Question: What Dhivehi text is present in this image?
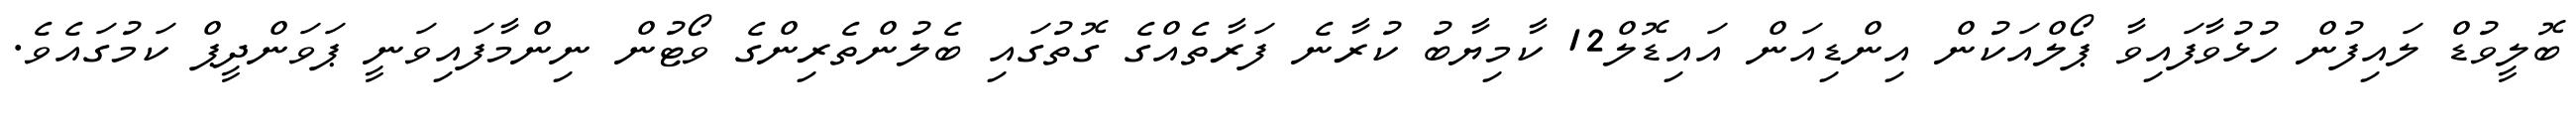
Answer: ބޮލީވުޑް ލައިފުން ހުޅުވާފައިވާ ޕޯލްއަކުން އިންޑިއަން އައިޑޮލް12 ކާމިޔާބު ކުރާނެ ފަރާތެއްގެ ގޮތުގައި ބެލުންތެރިންގެ ވޯޓުން ނިންމާފައިވަނީ ޕަވަންދީޕް ކަމުގައެވެ.